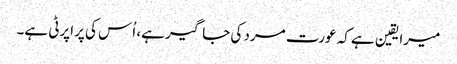
میرا یقین ہے کہ عورت مرد کی جاگیر ہے، اُس کی پراپرٹی ہے۔